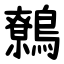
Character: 鷯